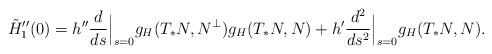
LaTeX: \begin{align*}\tilde H_1''(0)=h''\frac{d}{ds}\Big\lvert_{s=0}g_H(T_*N,N^\perp)g_H(T_*N,N)+ h'\frac{d^2}{ds^2}\Big\lvert_{s=0}g_H(T_*N,N).\end{align*}